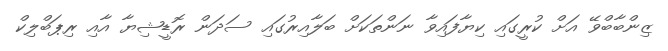
ޒިންބާބްވޭ އަށް ކުރީގައި ކިޔާފައިވާ ނަންތަކަށް ބަލާއިރުގައި ސަދަން ރޮޑީޝިޔާ އާއި ރިޕަބްލިކް